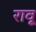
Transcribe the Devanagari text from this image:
रावू